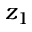
z _ { 1 }